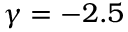
\gamma = - 2 . 5